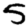
Digit: 5